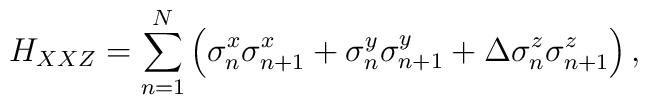
H_{XXZ}=\sum_{n=1}^{N}\left(\sigma_{n}^{x}\sigma_{n+1}^{x}+\sigma_{n}^{y}\sigma_{n+1}^{y}+\Delta\sigma_{n}^{z}\sigma_{n+1}^{z}\right),